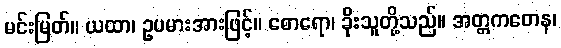
မင်းမြတ်။ ယထာ၊ ဥပမားအားဖြင့်။ စောရော၊ ခိုးသူတို့သည်။ အတ္တကတေန၊